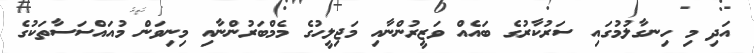
އަދި މި ހިނގާލުމުގައި ސަރުކާރުގެ ބައެއް ވަޒީރުންނާއި މަޖިލީހުގެ މެމްބަރުންނާއި މިނިވަން މުއައްސަސާތަކުގެ